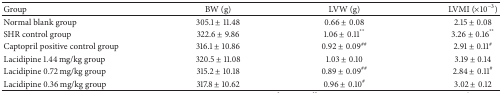
<table><thead><tr><td><b>Group</b></td><td><b>BW (g)</b></td><td><b>LVW (g)</b></td><td><b>LVMI (×10<sup>−3</sup>)</b></td></tr></thead><tbody><tr><td>Normal blank group</td><td>305.1 ± 11.48</td><td>0.66 ± 0.08</td><td>2.15 ± 0.08</td></tr><tr><td> SHR control group</td><td>322.6 ± 9.86</td><td>1.06 ± 0.11<sup>**</sup></td><td>3.26 ± 0.16<sup>**</sup></td></tr><tr><td>Captopril positive control group</td><td>316.1 ± 10.86</td><td>0.92 ± 0.09<sup>##</sup></td><td>2.91 ± 0.11<sup>#</sup></td></tr><tr><td>Lacidipine 1.44 mg/kg group</td><td>320.5 ± 11.08</td><td>1.03 ± 0.10</td><td>3.19 ± 0.14</td></tr><tr><td>Lacidipine 0.72 mg/kg group</td><td>315.2 ± 10.18</td><td>0.89 ± 0.09<sup>##</sup></td><td>2.84 ± 0.11<sup>#</sup></td></tr><tr><td>Lacidipine 0.36 mg/kg group</td><td>317.8 ± 10.62</td><td>0.96 ± 0.10<sup>#</sup></td><td>3.02 ± 0.12</td></tr></tbody></table>